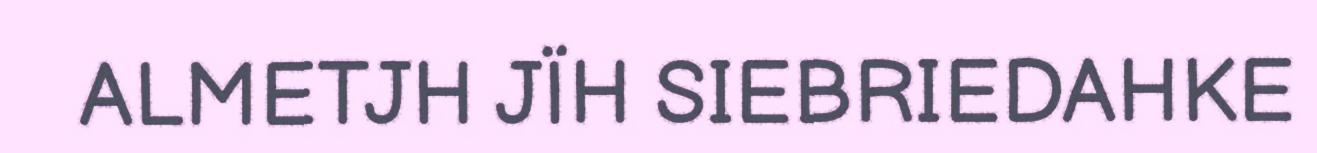
ALMETJH JÏH SIEBRIEDAHKE